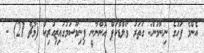
އެންމެ ފަހުގެ ނިންމުން: ގަތަރު ވޯލްޑްކަޕް އޮންނާނީ ފިނިމޫސުމުގައިޒިއުރިކް (މާޗް 21) -